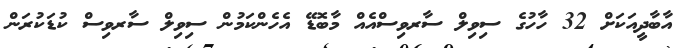
އާބާދީއަކަށް 32 ހާހުގެ ސިވިލް ސާރވިސްއެއް މާބޮޑޭ އެހެންކަމުން ސިވިލް ސާރވިސް ކުޑަކުރަން